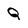
Character: Q